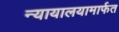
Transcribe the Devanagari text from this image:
न्यायालयामार्फत